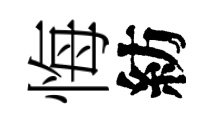
悔紡